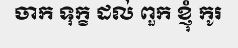
ចាក ទុក្ខ ដល់ ពួក ខ្ញុំ កូរ